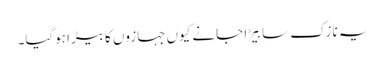
یہ نازک سا بِیڑا جانے کیوں جہازوں کا بیڑا ہوگیا۔